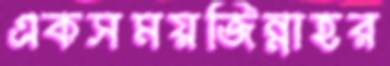
একসময়জিন্নাহর